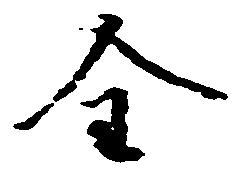
全